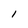
Character: 1